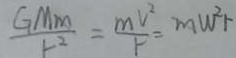
\frac { G M m } { r ^ { 2 } } = \frac { m V ^ { 2 } } { r } = m w ^ { 2 } r